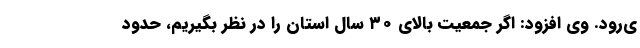
ی‌رود. وی افزود: اگر جمعیت بالای ۳۰ سال استان را در نظر بگیریم، حدود